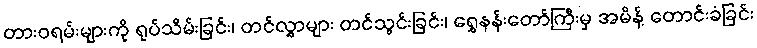
တားဝရမ်းများကို ရုပ်သိမ်းခြင်း၊ တင်လွှာများ တင်သွင်းခြင်း၊ ရွှေနန်းတော်ကြီးမှ အမိန့် တောင်းခံခြင်း